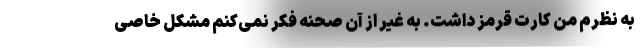
به نظرم من کارت قرمز داشت. به غیر از آن صحنه فکر نمی‌کنم مشکل خاصی